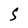
Character: 5